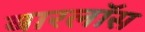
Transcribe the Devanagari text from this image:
बारलॉस